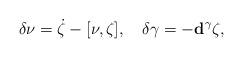
LaTeX: \begin{align*}\delta\nu=\dot\zeta-[\nu,\zeta],\quad\delta\gamma=-\mathbf{d}^\gamma\zeta,\end{align*}